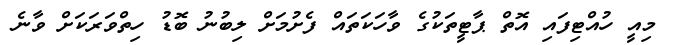
މިއީ ހުއްޓިފައި އޮތް ޕާޓީތަކުގެ ވާހަކަތައް ފެށުމަށް ލިބުނު ބޮޑު ހިތްވަރަކަށް ވާނެ